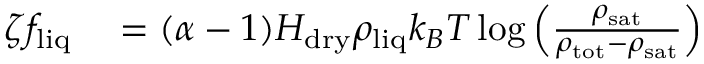
\begin{array} { r l } { \zeta f _ { \mathrm { l i q } } } & { { } = ( \alpha - 1 ) H _ { \mathrm { d r y } } \rho _ { \mathrm { l i q } } k _ { B } T \log \left( \frac { \rho _ { \mathrm { s a t } } } { \rho _ { \mathrm { t o t } } - \rho _ { \mathrm { s a t } } } \right) } \end{array}